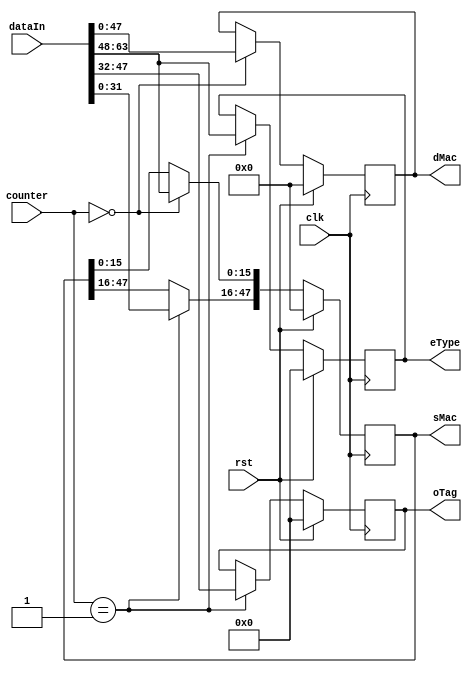
`timescale 1ns / 1ps
module ethernetDecoder (
    input clk, rst,
    input [6:0] counter,
    input [63:0] dataIn,
    output reg [47:0] dMac,
    output reg [47:0] sMac,
    output reg [15:0] oTag,
    output reg [15:0] eType
);

reg [47:0] dMacNext;
reg [47:0] sMacNext;
reg [15:0] oTagNext;
reg [15:0] eTypeNext;

always @(posedge clk) begin
    dMac <= dMacNext;
    sMac <= sMacNext;
    oTag <= oTagNext;
    eType <= eTypeNext;
end

always @* begin
    dMacNext = dMac;
    sMacNext = sMac;
    oTagNext = oTag;
    eTypeNext = eType;
    if (rst) begin
        dMacNext = 0;
        sMacNext = 0;
        oTagNext = 0;
        eTypeNext = 0;
    end else begin
        case (counter)
            0: begin
                dMacNext = dataIn[47:0];
                sMacNext[15:0] = dataIn[63:48];
            end
            1: begin
                sMacNext[47:16] = dataIn[31:0];
                oTagNext = dataIn[47:32];
                eTypeNext = dataIn[63:48];
            end
        endcase
    end
end
    
endmodule